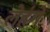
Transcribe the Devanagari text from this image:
लेहंगे